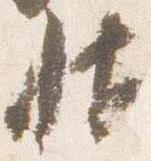
帖